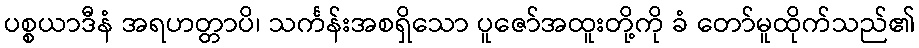
ပစ္စယာဒီနံ အရဟတ္တာပိ၊ သင်္ကန်းအစရှိသော ပူဇော်အထူးတို့ကို ခံ တော်မူထိုက်သည်၏